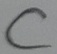
Text: C